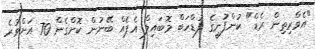
"އެވްރިތިން ރެޑް" ކުންފުނީގެ ފުޑްހަބް މޮބައިލް އެޕެއް ބޭނުން ކޮށްގެން 70 އަށްވުރެ